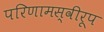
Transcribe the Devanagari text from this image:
परिणामस्वीरूप